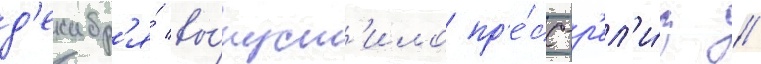
д'екабр'я́ вы́пуст'ило пр'е́сс-р'ел'и́з /